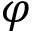
\varphi